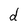
Character: d